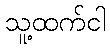
သူ့ထက်ငါ